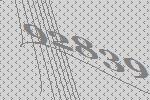
92839